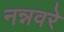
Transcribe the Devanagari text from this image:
नन्नवरे